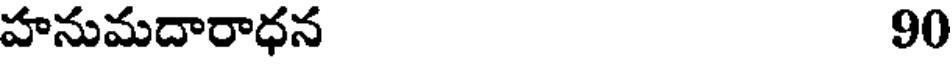
హనుమదారాధన 90